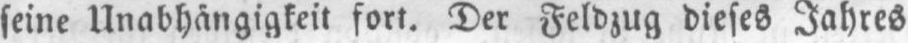
seine Unabhängigkeit fort. Der Feldzug dieses Jahres